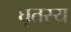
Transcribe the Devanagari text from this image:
घृतस्य